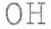
OH